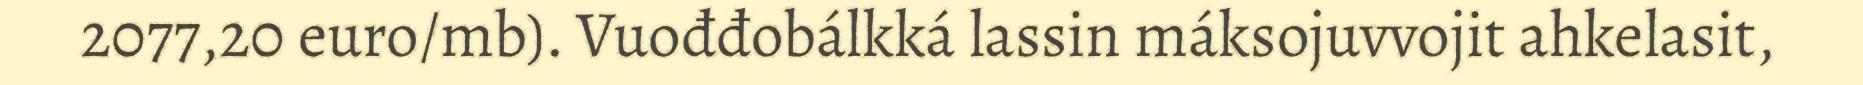
2077,20 euro/mb). Vuođđobálkká lassin máksojuvvojit ahkelasit,